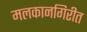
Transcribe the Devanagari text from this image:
मलकानगिरीत